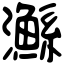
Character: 𤄏